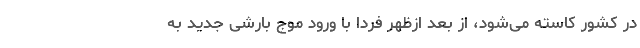
در کشور کاسته می‌شود، از بعد ازظهر فردا با ورود موج بارشی جدید به